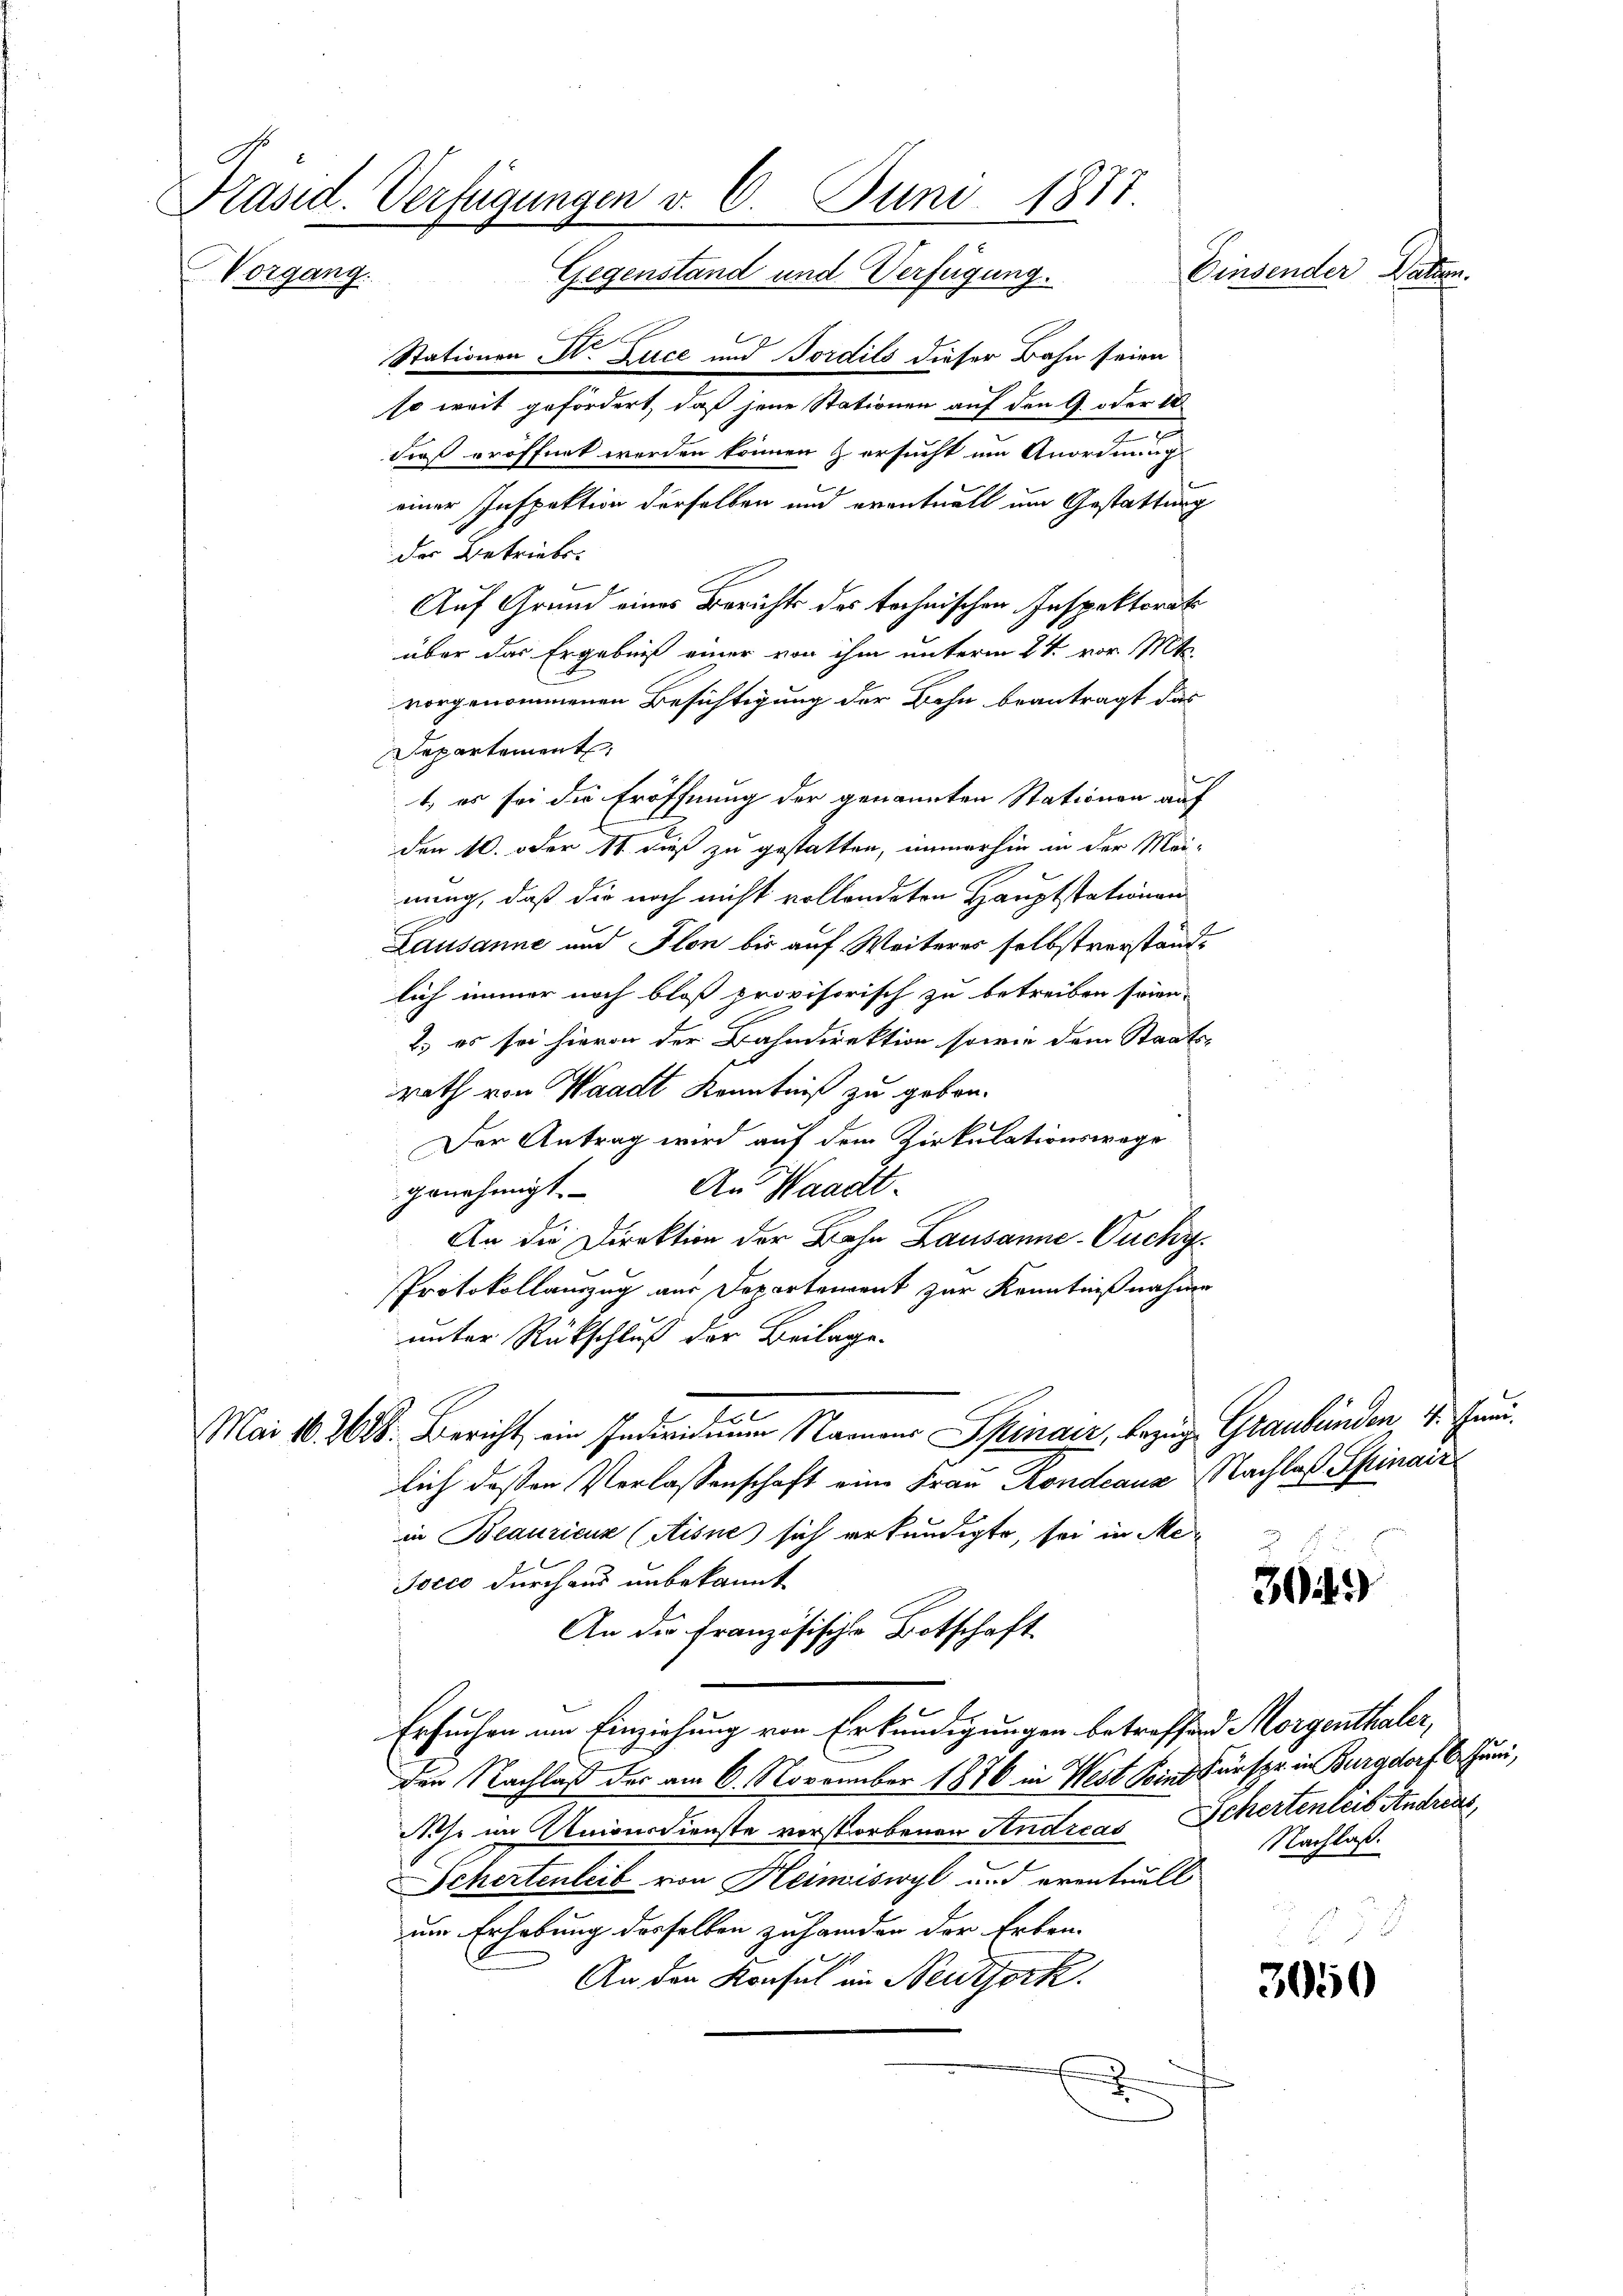
Präsid. Verfügungen d. 6. Juni 1877
Findenen hatten.
Vorgang.
Gegenstand und Verfügung.
Stationen St. Luce und Jordils dieser Bahn seien

so weit gefördert, daß jene Stationen auf den G. oder 18
dieß eröffnet werden können & ersucht um Anordnungs
einer Inspektion derselben und eventuell um Gestattung
Auf Grund eines Berichts des technischen Inspektorats
über das Ergebniß einer von ihm unterm 2t. vor. Mts.
vorgenommenen Besichtigung der Bahn beantragt das
t es sei die Eröffnung der genannten Stationen auf
den 10. oder 11 dieß zu gestatten, immerhin in der Mei-
nung, daß die noch nicht vollendeten Hauptstationen
Lausanne und Flon bis auf Weiteres selbstverständlich immer noch bloß provisorisch zu betreiben sein.
2. es sei hievon der Bahndirektion sowie dem Staats-
rath von Waadt Kenntniß zu geben.
Der Antrag wird auf dem Zirkulationswege
genehmigt. An Waadt-
An die Direktion der Bahn Lausanne-Ouchy.
Protokollauszug aus Departement zur Kenntnißnahme
unter Rückschluß der Beilage.
Mai 16. 268. Bericht ein Individuum Namens Spinaiz, Bezug Graubünden, 4. Juni.
lich deßen Verlassenschaft eine Frau Kondeaus Nachlaß Spinair
in Beauricus (Aisne) sich erkundigte, sei in Me¬
Jocco durchaus unbekannt
An die französische Botschaft
Ersuchen im Einziehung von Erkundigungen betreffend Morgenthaler,
den Nachlaß der am 6. November 1876 in West seins Fürspr. in Burgdorf 6. Juni,
Ache im Unionsdienste vorstorbenen Andreas Schertenleit Andreas
Schertenleib von Heimiswyl und eventuell
um Erhebung desselben zu handen der Erben-
1
An den Konsul in Neuthork
.

der Betriebs
i
F
Departement

2

309

Nachlaß.

3050